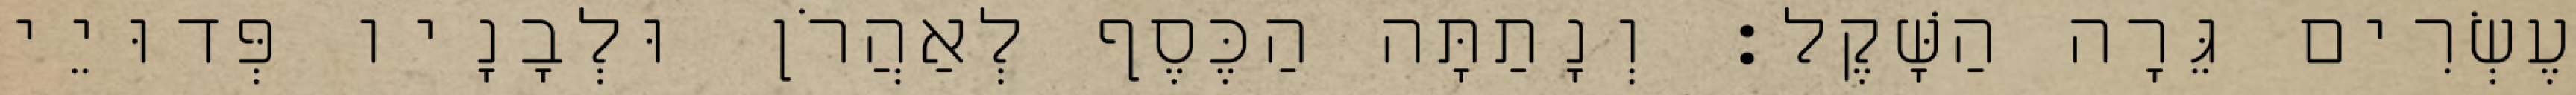
עֶשְׂרִים גֵּרָה הַשָּׁקֶל׃ וְנָתַתָּה הַכֶּסֶף לְאַהֲרֹן וּלְבָנָיו פְּדוּיֵי